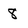
Character: 8